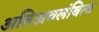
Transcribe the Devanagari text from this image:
अतिअवलंबित्व